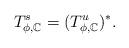
LaTeX: \begin{align*}T_{\phi,\mathbb{C}}^{s} = (T_{\phi,\mathbb{C}}^{u})^{*}.\end{align*}